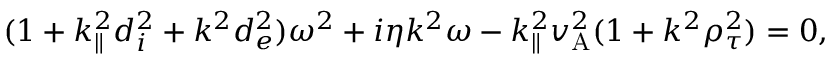
( 1 + k _ { \parallel } ^ { 2 } d _ { i } ^ { 2 } + k ^ { 2 } d _ { e } ^ { 2 } ) \omega ^ { 2 } + i \eta k ^ { 2 } \omega - k _ { \parallel } ^ { 2 } v _ { \mathrm { A } } ^ { 2 } ( 1 + k ^ { 2 } \rho _ { \tau } ^ { 2 } ) = 0 ,